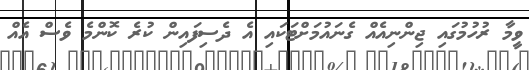
ވީމާ ރުހުމުގައި ޖިންނިއެއް ގެނައުމަށްޓަކައި އެ ދެސިފައިން ކުރެ ކޮންމެ ވެސް އެއް